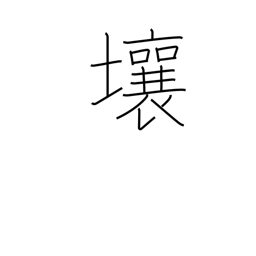
Meaning: loam